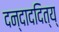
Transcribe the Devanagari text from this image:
दन्दाददित्य्